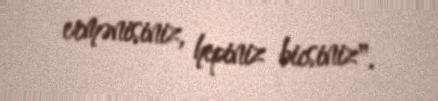
ermənisiniz, hepiniz bicsiniz".